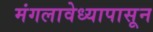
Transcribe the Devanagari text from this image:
मंगलावेध्यापासून